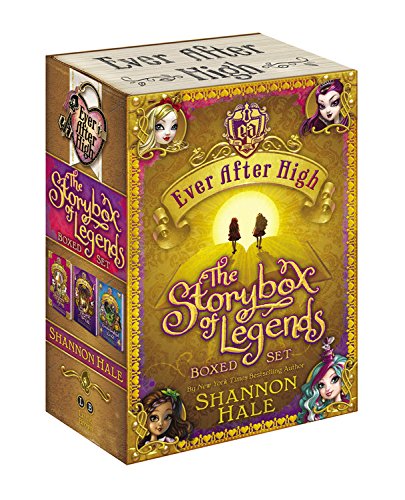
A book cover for Ever After High: The Storybox of Legends Boxed Set; Shannon Hale; Children's Books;